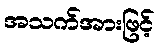
အသက်အားဖြင့်